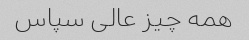
همه چیز عالی سپاس